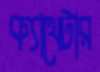
ক্যাথেটার